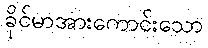
ခိုင်မာအားကောင်းသော